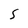
Character: S